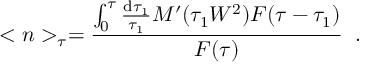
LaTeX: < n > _ { \tau } = \frac { \int _ { 0 } ^ { \tau } \frac { \mathrm { d } \tau _ { 1 } } { \tau _ { 1 } } M ^ { \prime } ( \tau _ { 1 } W ^ { 2 } ) F ( \tau - \tau _ { 1 } ) } { F ( \tau ) } \; \; .